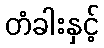
တံခါးနှင့်